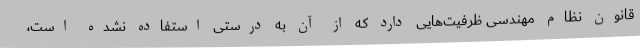
قانون نظام مهندسی ظرفیت‌هایی دارد که از آن به درستی استفاده نشده است،